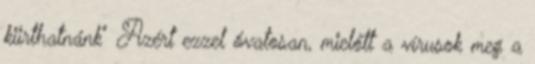
kiirthatnánk" Azért ezzel óvatosan, mielőtt a vírusok meg a